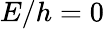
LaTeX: E/h=0